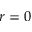
r = 0